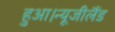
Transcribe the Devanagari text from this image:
हुआ।न्यूजीलैंड